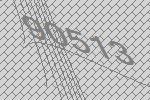
90513